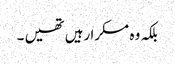
بلکہ وہ مسکرا رہیں تھیں ۔